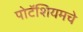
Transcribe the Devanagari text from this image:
पोटॅशियमचे